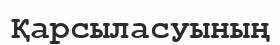
Қарсыласуының